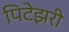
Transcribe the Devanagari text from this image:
पिटेझरी